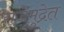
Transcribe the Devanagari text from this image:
राजमुद्रेत